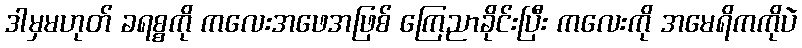
ဒါမှမဟုတ် ခရစ္စကို ကလေးအဖေအဖြစ် ကြေညာခိုင်းပြီး ကလေးကို အမေရိကကိုပဲ